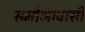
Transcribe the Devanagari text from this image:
समोआवासी